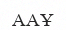
ААҰ